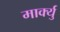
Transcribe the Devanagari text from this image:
मार्क्यु